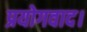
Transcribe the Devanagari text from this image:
प्रयोगवाद।